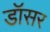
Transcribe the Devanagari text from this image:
डॉसर